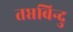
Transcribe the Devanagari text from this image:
तप्तबिन्दु